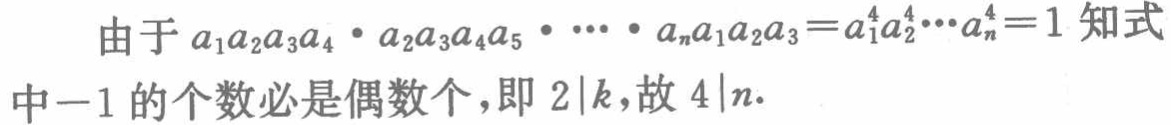
由于 \(a_{1}a_{2}a_{3}a_{4}\cdot a_{2}a_{3}a_{4}a_{5}\cdot \cdots \cdot a_{n}a_{1}a_{2}a_{3}=a_{1}^{4}a_{2}^{4}\cdots a_{n}^{4}=1\) 知式中\(-1\)的个数必是偶数个，即 \(2\mid k\)，故 \(4\mid n\)。